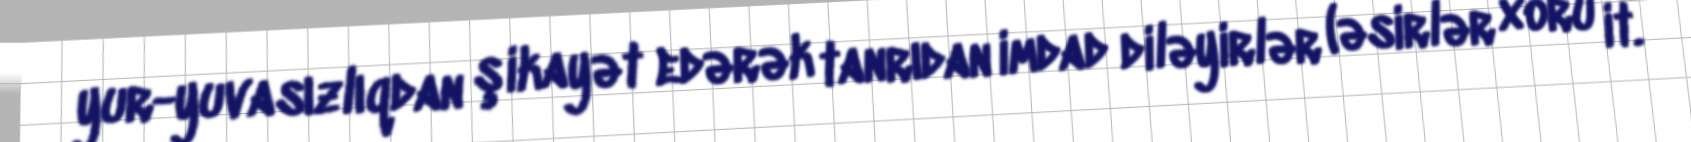
yur-yuvasızlıqdan şikayət edərək tanrıdan imdad diləyirlər (əsirlər xoru it.